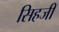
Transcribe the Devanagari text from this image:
सिहजी